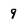
Character: 9